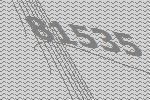
81535